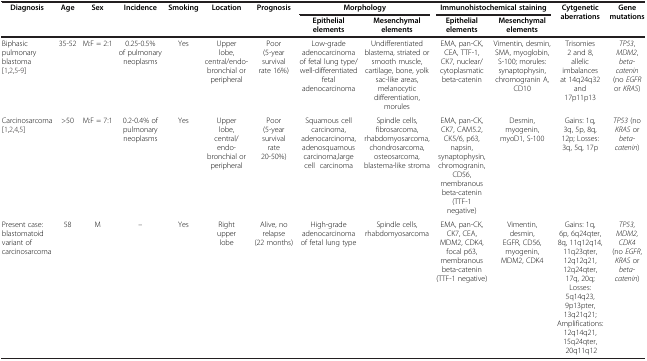
<table><thead><tr><td rowspan="2"><b>Diagnosis</b></td><td rowspan="2"><b>Age</b></td><td rowspan="2"><b>Sex</b></td><td rowspan="2"><b>Incidence</b></td><td rowspan="2"><b>Smoking</b></td><td rowspan="2"><b>Location</b></td><td rowspan="2"><b>Prognosis</b></td><td colspan="2"><b>Morphology</b></td><td colspan="2"><b>Immunohistochemical staining</b></td><td rowspan="2"><b>Cytgenetic aberrations</b></td><td rowspan="2"><b>Gene mutations</b></td></tr><tr><td><b>Epithelial elements</b></td><td><b>Mesenchymal elements</b></td><td><b>Epithelial elements</b></td><td><b>Mesenchymal elements</b></td></tr></thead><tbody><tr><td>Biphasic pulmonary blastoma [1,2,5-9]</td><td>35-52</td><td>M:F = 2:1</td><td>0.25-0.5% of pulmonary neoplasms</td><td>Yes</td><td>Upper lobe, central/endo-bronchial or peripheral</td><td>Poor (5-year survival rate 16%)</td><td>Low-grade adenocarcinoma of fetal lung type/well-differentiated fetal adenocarcinoma</td><td>Undifferentiated blastema, striated or smooth muscle, cartilage, bone, yolk sac-like areas, melanocytic differentiation, morules</td><td>EMA, pan-CK, CEA, TTF-1, CK7, nuclear/cytoplasmatic beta-catenin</td><td>Vimentin, desmin, SMA, myoglobin, S-100; morules: synaptophysin, chromogranin A, CD10</td><td>Trisomies 2 and 8, allelic imbalances at 14q24q32 and 17p11p13</td><td><i>TP53</i>, <i>MDM2</i>, <i>beta-catenin</i> (no <i>EGFR</i> or <i>KRAS</i>)</td></tr><tr><td>Carcinosarcoma [1,2,4,5]</td><td>&gt;50</td><td>M:F = 7:1</td><td>0.2-0.4% of pulmonary neoplasms</td><td>Yes</td><td>Upper lobe, central/endo-bronchial or peripheral</td><td>Poor (5-year survival rate 20-50%)</td><td>Squamous cell carcinoma, adenocarcinoma, adenosquamous carcinoma,large cell carcinoma</td><td>Spindle cells, fibrosarcoma, rhabdomyosarcoma, chondrosarcoma, osteosarcoma, blastema-like stroma</td><td>EMA, pan-CK, CK7, CAM5.2, CK5/6, p63, napsin, synaptophysin, chromogranin, CD56, membranous beta-catenin (TTF-1 negative)</td><td>Desmin, myogenin, myoD1, S-100</td><td>Gains: 1q, 3q, 5p, 8q, 12p; Losses: 3q, 5q, 17p</td><td><i>TP53</i> (no <i>KRAS</i> or <i>beta-catenin</i>)</td></tr><tr><td>Present case: blastomatoid variant of carcinosarcoma</td><td>58</td><td>M</td><td>–</td><td>Yes</td><td>Right upper lobe</td><td>Alive, no relapse (22 months)</td><td>High-grade adenocarcinoma of fetal lung type</td><td>Spindle cells, rhabdomyosarcoma</td><td>EMA, pan-CK, CK7, CEA, MDM2, CDK4, focal p63, membranous beta-catenin (TTF-1 negative)</td><td>Vimentin, desmin, EGFR, CD56, myogenin, MDM2, CDK4</td><td>Gains: 1q, 6p, 6q24qter, 8q, 11q12q14, 11q23qter, 12q12q21, 12q24qter, 17q, 20q; Losses: 5q14q23, 9p13pter, 13q21q21; Amplifications: 12q14q21, 15q24qter, 20q11q12</td><td><i>TP53, MDM2, CDK4</i> (no <i>EGFR</i>, <i>KRAS</i> or <i>beta-catenin</i>)</td></tr></tbody></table>